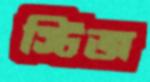
স্টিজ